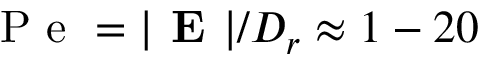
\textrm { P e } = | \textbf { E } | / D _ { r } \approx 1 - 2 0